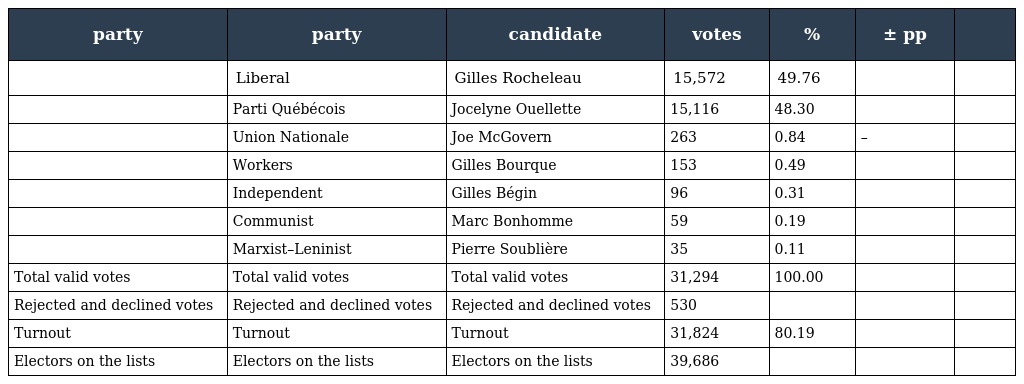
| party | party | candidate | votes | % | ± pp |  |
 | --- | --- | --- | --- | --- | --- | --- |
 |  | Liberal | Gilles Rocheleau | 15,572 | 49.76 |  |  |
 |  | Parti Québécois | Jocelyne Ouellette | 15,116 | 48.30 |  |  |
 |  | Union Nationale | Joe McGovern | 263 | 0.84 | – |  |
 |  | Workers | Gilles Bourque | 153 | 0.49 |  |  |
 |  | Independent | Gilles Bégin | 96 | 0.31 |  |  |
 |  | Communist | Marc Bonhomme | 59 | 0.19 |  |  |
 |  | Marxist–Leninist | Pierre Soublière | 35 | 0.11 |  |  |
 | Total valid votes | Total valid votes | Total valid votes | 31,294 | 100.00 |  |  |
 | Rejected and declined votes | Rejected and declined votes | Rejected and declined votes | 530 |  |  |  |
 | Turnout | Turnout | Turnout | 31,824 | 80.19 |  |  |
 | Electors on the lists | Electors on the lists | Electors on the lists | 39,686 |  |  |  |